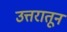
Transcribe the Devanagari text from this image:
उत्तरातून